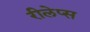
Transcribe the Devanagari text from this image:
रीलेप्स